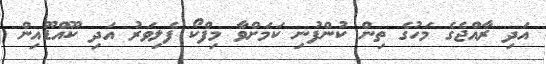
އަދި ޜާއްޖެގެ މަހުގެ ތިން ކުންފުނި ކަމަށްވާ މިފްކޯ ފެލިވަރު އަދި ކޫއްޑޫއިން